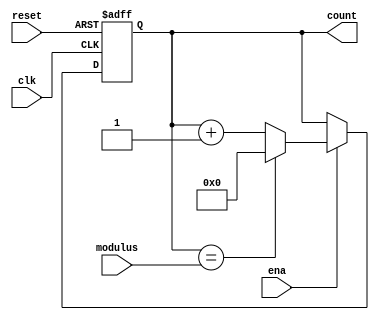
module counter_16b(clk,
                   reset,
                   ena,
                   modulus,
                   count
                   );

                        
input clk;
input reset;
input ena;

input [15:0] modulus;

output reg [15:0] count;

always @(posedge clk or posedge reset)
begin
	if (reset) 
		count <= 0;		
	else if (ena)
	    if (count == modulus) begin
	        count <= 0;
	    end
	    else begin 
		    count <= count + 1;
	    end
end


endmodule